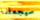
سيجعلنا